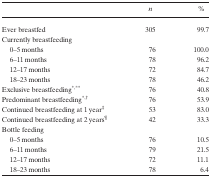
<table><thead><tr><td></td><td><b><i>n</i></b></td><td><b>%</b></td></tr></thead><tbody><tr><td>Ever breastfed</td><td>305</td><td>99.7</td></tr><tr><td>Currently breastfeeding</td><td></td><td></td></tr><tr><td>0–5 months</td><td>76</td><td>100.0</td></tr><tr><td>6–11 months</td><td>78</td><td>96.2</td></tr><tr><td>12–17 months</td><td>72</td><td>84.7</td></tr><tr><td>18–23 months</td><td>78</td><td>46.2</td></tr><tr><td>Exclusive breastfeeding*, **</td><td>76</td><td>40.8</td></tr><tr><td>Predominant breastfeeding*, †</td><td>76</td><td>53.9</td></tr><tr><td>Continued breastfeeding at 1 year‡</td><td>53</td><td>83.0</td></tr><tr><td>Continued breastfeeding at 2 years¶</td><td>42</td><td>33.3</td></tr><tr><td>Bottle feeding</td><td></td><td></td></tr><tr><td>0–5 months</td><td>76</td><td>10.5</td></tr><tr><td>6–11 months</td><td>79</td><td>21.5</td></tr><tr><td>12–17 months</td><td>72</td><td>11.1</td></tr><tr><td>18–23 months</td><td>78</td><td>6.4</td></tr></tbody></table>